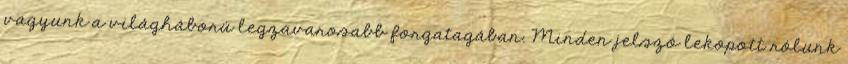
vagyunk a világháború legzavarosabb forgatagában. Minden jelszó lekopott rólunk